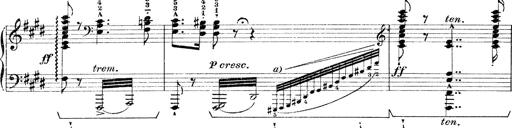
Title: Rapsodie: 19 ungheresi, 1 spagnuola
Composer: Franz Liszt